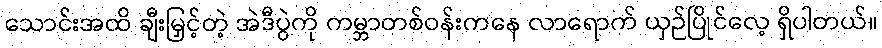
သောင်းအထိ ချီးမြှင့်တဲ့ အဲဒီပွဲကို ကမ္ဘာတစ်ဝန်းကနေ လာရောက် ယှဉ်ပြိုင်လေ့ ရှိပါတယ်။